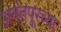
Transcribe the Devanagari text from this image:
अनंतपूरच्या